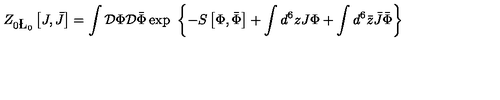
Z _ { 0 \L _ { 0 } } \left[ J , \bar { J } \right] = \int { \cal D } \Phi { \cal D } \bar { \Phi } \exp \ \left\{ - S \left[ \Phi , \bar { \Phi } \right] + \int d ^ { 6 } z J \Phi + \int d ^ { 6 } \bar { z } \bar { J } \bar { \Phi } \right\}